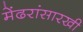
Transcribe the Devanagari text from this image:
मेंढरांसारखी